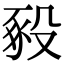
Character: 𧰵